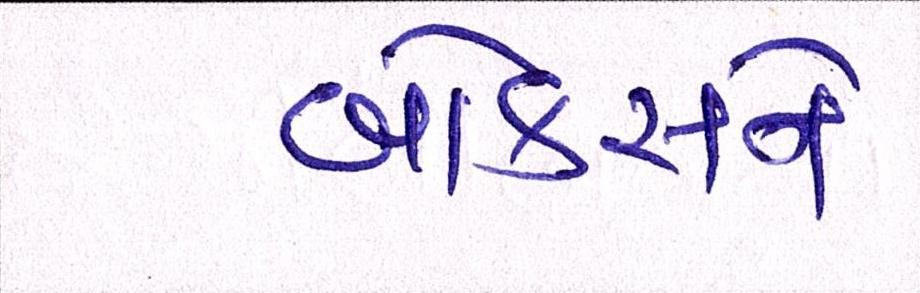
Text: બોક્સને